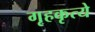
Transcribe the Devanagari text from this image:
गृहकृत्ये